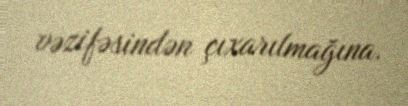
vəzifəsindən çıxarılmağına.